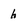
Character: h